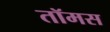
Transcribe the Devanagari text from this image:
तॉमस